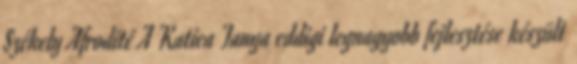
Székely Afrodité A Katica Tanya eddigi legnagyobb fejlesztése készült